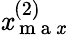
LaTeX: \mathit{x}_{\mathrm{{~m~a~\mathit{x}~}}}^{(2)}